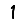
Digit: 1